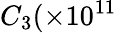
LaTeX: C_{3}(\times 10^{11}